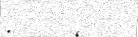
: